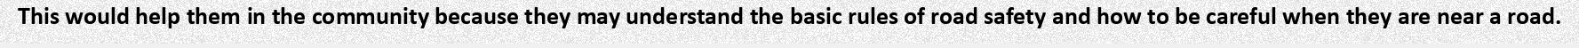
This would help them in the community because they may understand the basic rules of road safety and how to be careful when they are near a road.